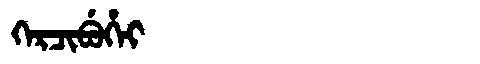
Manchu: ᡴᡝᡵᠴᡳᠪᡠᡥᡝᡳ
Romanization: KERCIBUHEI